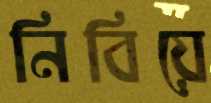
নিবিয়ে